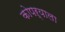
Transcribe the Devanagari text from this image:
कोपऱ्याला